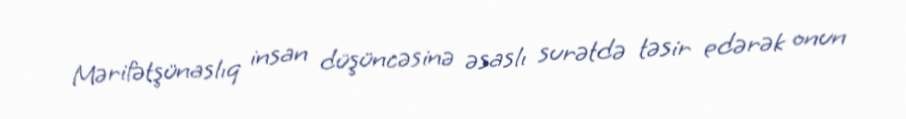
Mərifətşünaslıq insan düşüncəsinə əsaslı surətdə təsir edərək onun